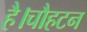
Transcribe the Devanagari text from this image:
है।चौहटन